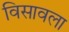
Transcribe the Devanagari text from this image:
विसावला